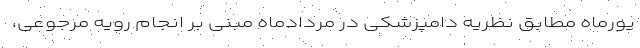
یورماه مطابق نظریه دامپزشکی در مردادماه مبنی بر انجام رویه مرجوعی،